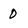
Character: o